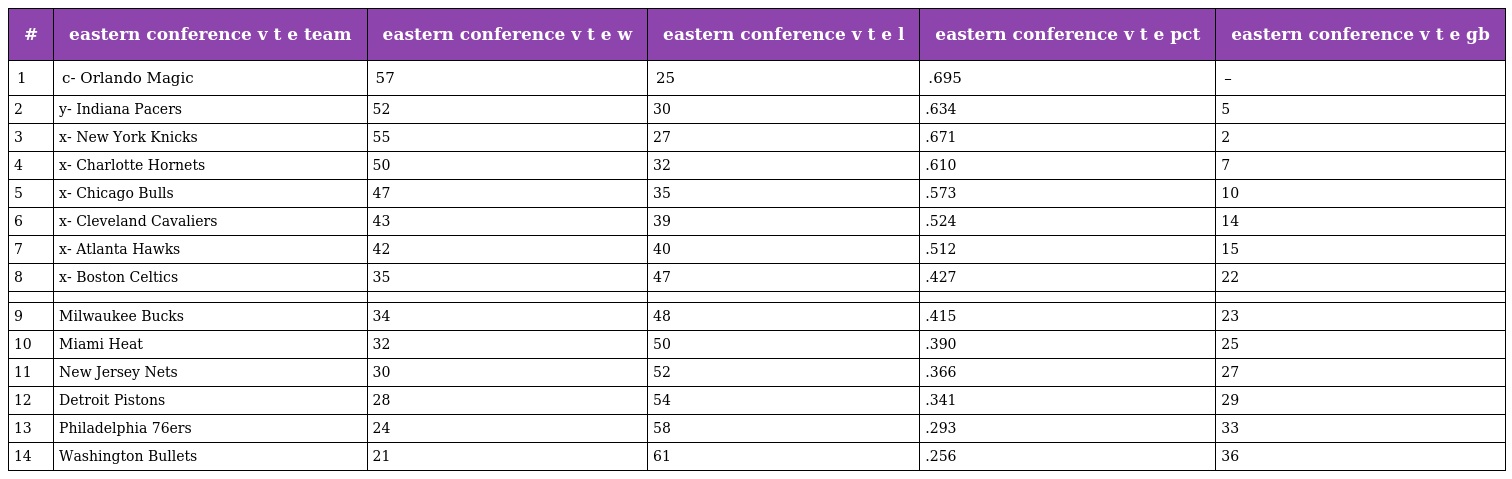
| # | eastern conference v t e team | eastern conference v t e w | eastern conference v t e l | eastern conference v t e pct | eastern conference v t e gb |
 | --- | --- | --- | --- | --- | --- |
 | 1 | c- Orlando Magic | 57 | 25 | .695 | – |
 | 2 | y- Indiana Pacers | 52 | 30 | .634 | 5 |
 | 3 | x- New York Knicks | 55 | 27 | .671 | 2 |
 | 4 | x- Charlotte Hornets | 50 | 32 | .610 | 7 |
 | 5 | x- Chicago Bulls | 47 | 35 | .573 | 10 |
 | 6 | x- Cleveland Cavaliers | 43 | 39 | .524 | 14 |
 | 7 | x- Atlanta Hawks | 42 | 40 | .512 | 15 |
 | 8 | x- Boston Celtics | 35 | 47 | .427 | 22 |
 |  |  |  |  |  |  |
 | 9 | Milwaukee Bucks | 34 | 48 | .415 | 23 |
 | 10 | Miami Heat | 32 | 50 | .390 | 25 |
 | 11 | New Jersey Nets | 30 | 52 | .366 | 27 |
 | 12 | Detroit Pistons | 28 | 54 | .341 | 29 |
 | 13 | Philadelphia 76ers | 24 | 58 | .293 | 33 |
 | 14 | Washington Bullets | 21 | 61 | .256 | 36 |